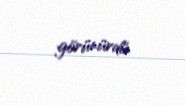
görünürdü.